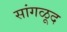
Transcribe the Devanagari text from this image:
सांगळूद